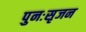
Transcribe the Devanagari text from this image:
पुनःसृजन